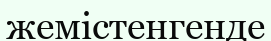
жемістенгенде